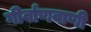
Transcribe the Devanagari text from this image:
गीर्वाणवाणी